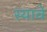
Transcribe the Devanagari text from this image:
स्यावे